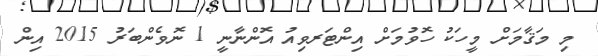
މި މަޤާމަށް މީހަކު ހޮވުމަށް އިންޓަރވިއު އޮންނާނީ 1 ނޮވެންބަރު 2015 އިން